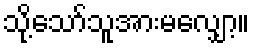
သို့သော်သူအားမလျှော့။